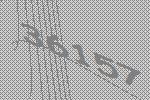
36157